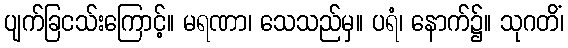
ပျက်ခြငသ်းကြောင့်။ မရဏာ၊ သေသည်မှ။ ပရံ၊ နောက်၌။ သုဂတိံ၊